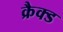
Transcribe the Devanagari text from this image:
क्रैक्ड